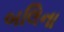
બલિના